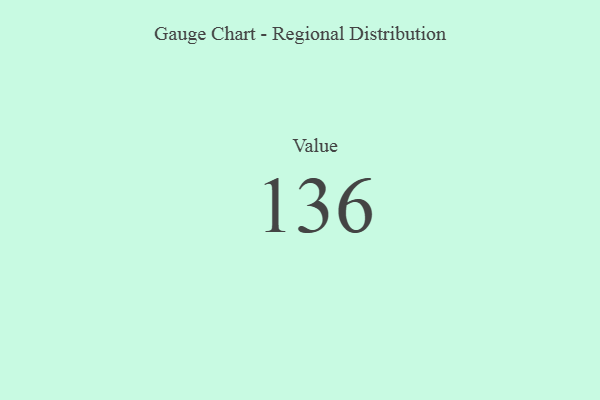
{"axis": {"x": "Metric", "y": "Value"}, "legend": [""], "data": [{"x": "Value", "y": 136, "type": ""}]}